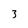
Character: 3